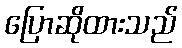
ပြောဆိုထားသည်